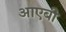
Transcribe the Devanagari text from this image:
आएबी